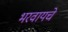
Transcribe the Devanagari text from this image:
भरवायचे